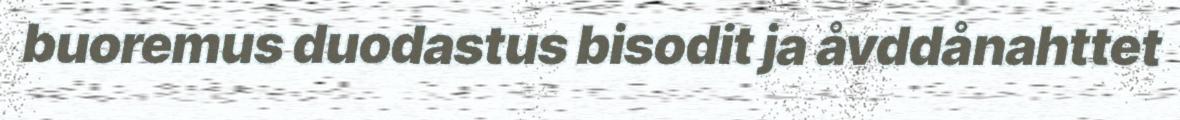
buoremus duodastus bisodit ja åvddånahttet